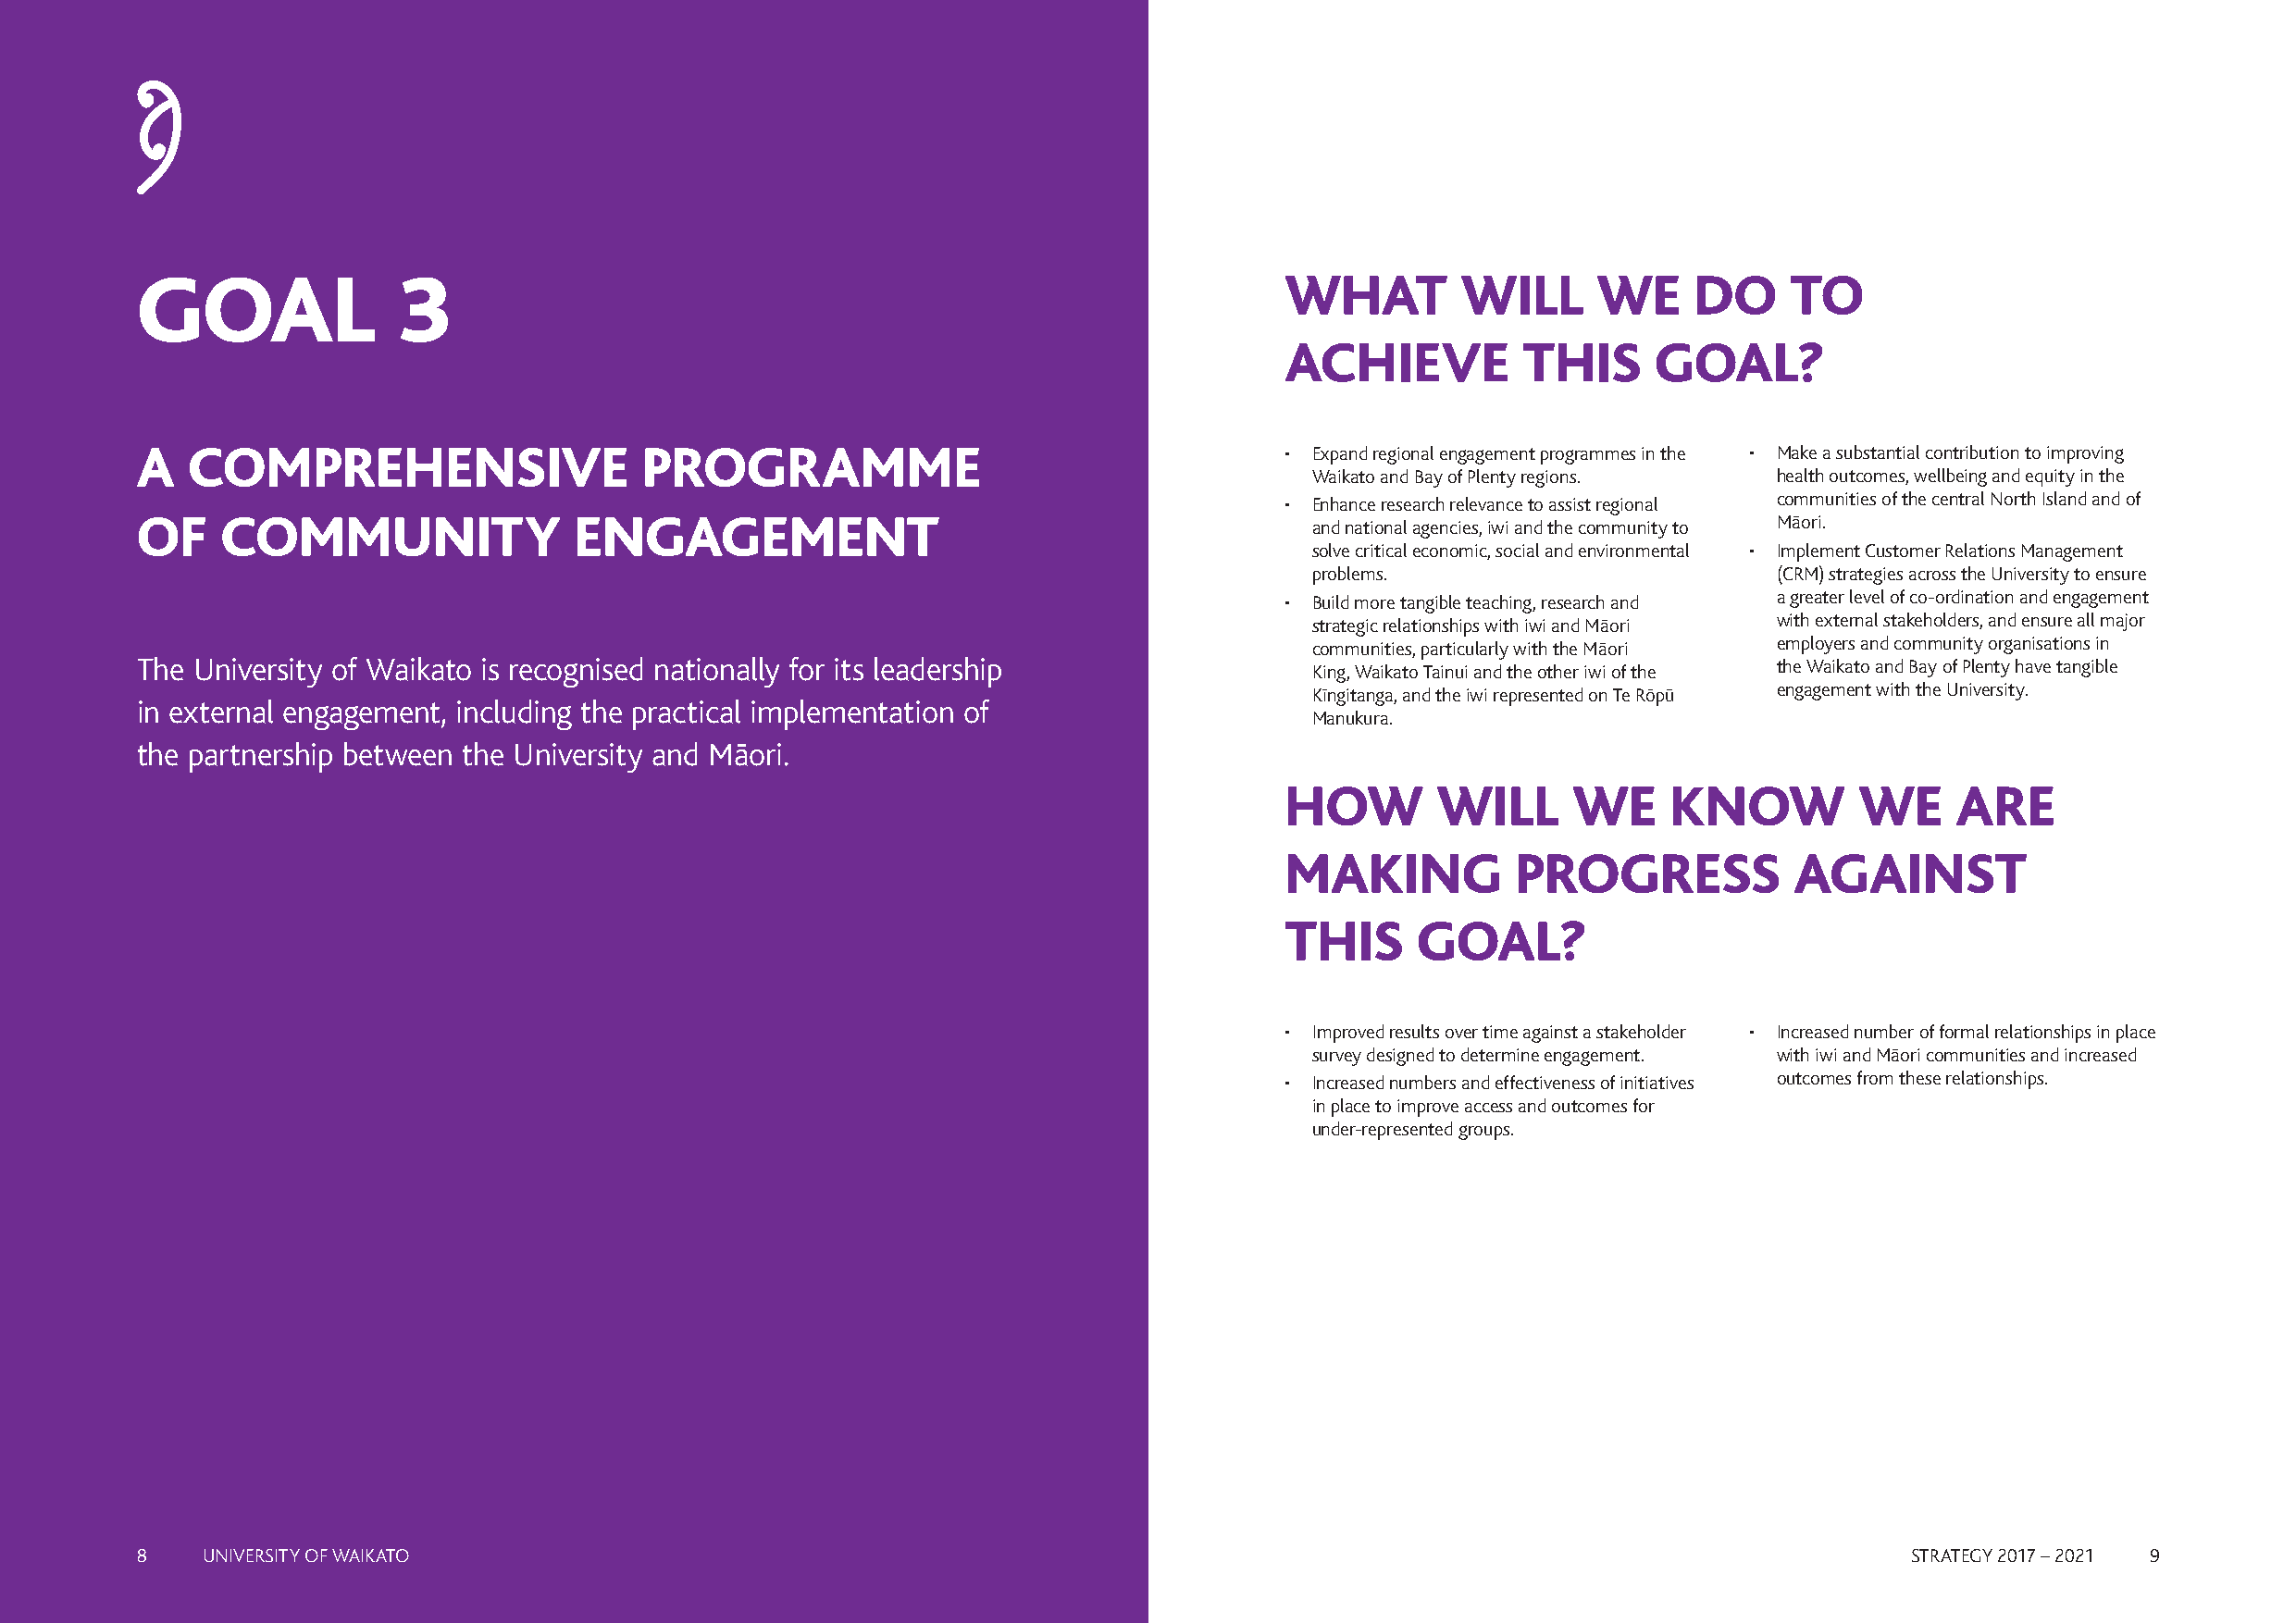
GOAL              3                                                               WHAT        WILL      WE     DO     TO
 ACHIEVE          THIS     GOAL?
 A  COMPREHENSIVE                    PROGRAMME                                     • Expand regional engagement programmes in the • Make a substantial contribution to improving
 Waikato and Bay of Plenty regions. health outcomes, wellbeing and equity in the
 • Enhance research relevance to assist regional communities of the central North Island and of
 OF    COMMUNITY                ENGAGEMENT                                           and national agencies, iwi and the community to Māori.
 solve critical economic, social and environmental • Implement Customer Relations Management
 problems.                        (CRM) strategies across the University to ensure
 • Build more tangible teaching, research and a greater level of co-ordination and engagement
 strategic relationships with iwi and Māori with external stakeholders, and ensure all major
 communities, particularly with the Māori employers and community organisations in
 The University of Waikato is recognised nationally for its leadership               King, Waikato Tainui and the other iwi of the the Waikato and Bay of Plenty have tangible
 Kīngitanga, and the iwi represented on Te Rōpū engagement with the University.
 in external engagement, including the practical implementation of
 Manukura.
 the partnership between the University and Māori.
 HOW        WILL     WE     KNOW          WE     ARE
 MAKING          PROGRESS            AGAINST
 THIS     GOAL?
 • Improved results over time against a stakeholder • Increased number of formal relationships in place
 survey designed to determine engagement. with iwi and Māori communities and increased
 • Increased numbers and effectiveness of initiatives outcomes from these relationships.
 in place to improve access and outcomes for
 under-represented groups.
 8   UNIVERSITY OF WAIKATO                                                                                                      STRATEGY 2017 – 2021 9